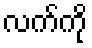
လက်ကို